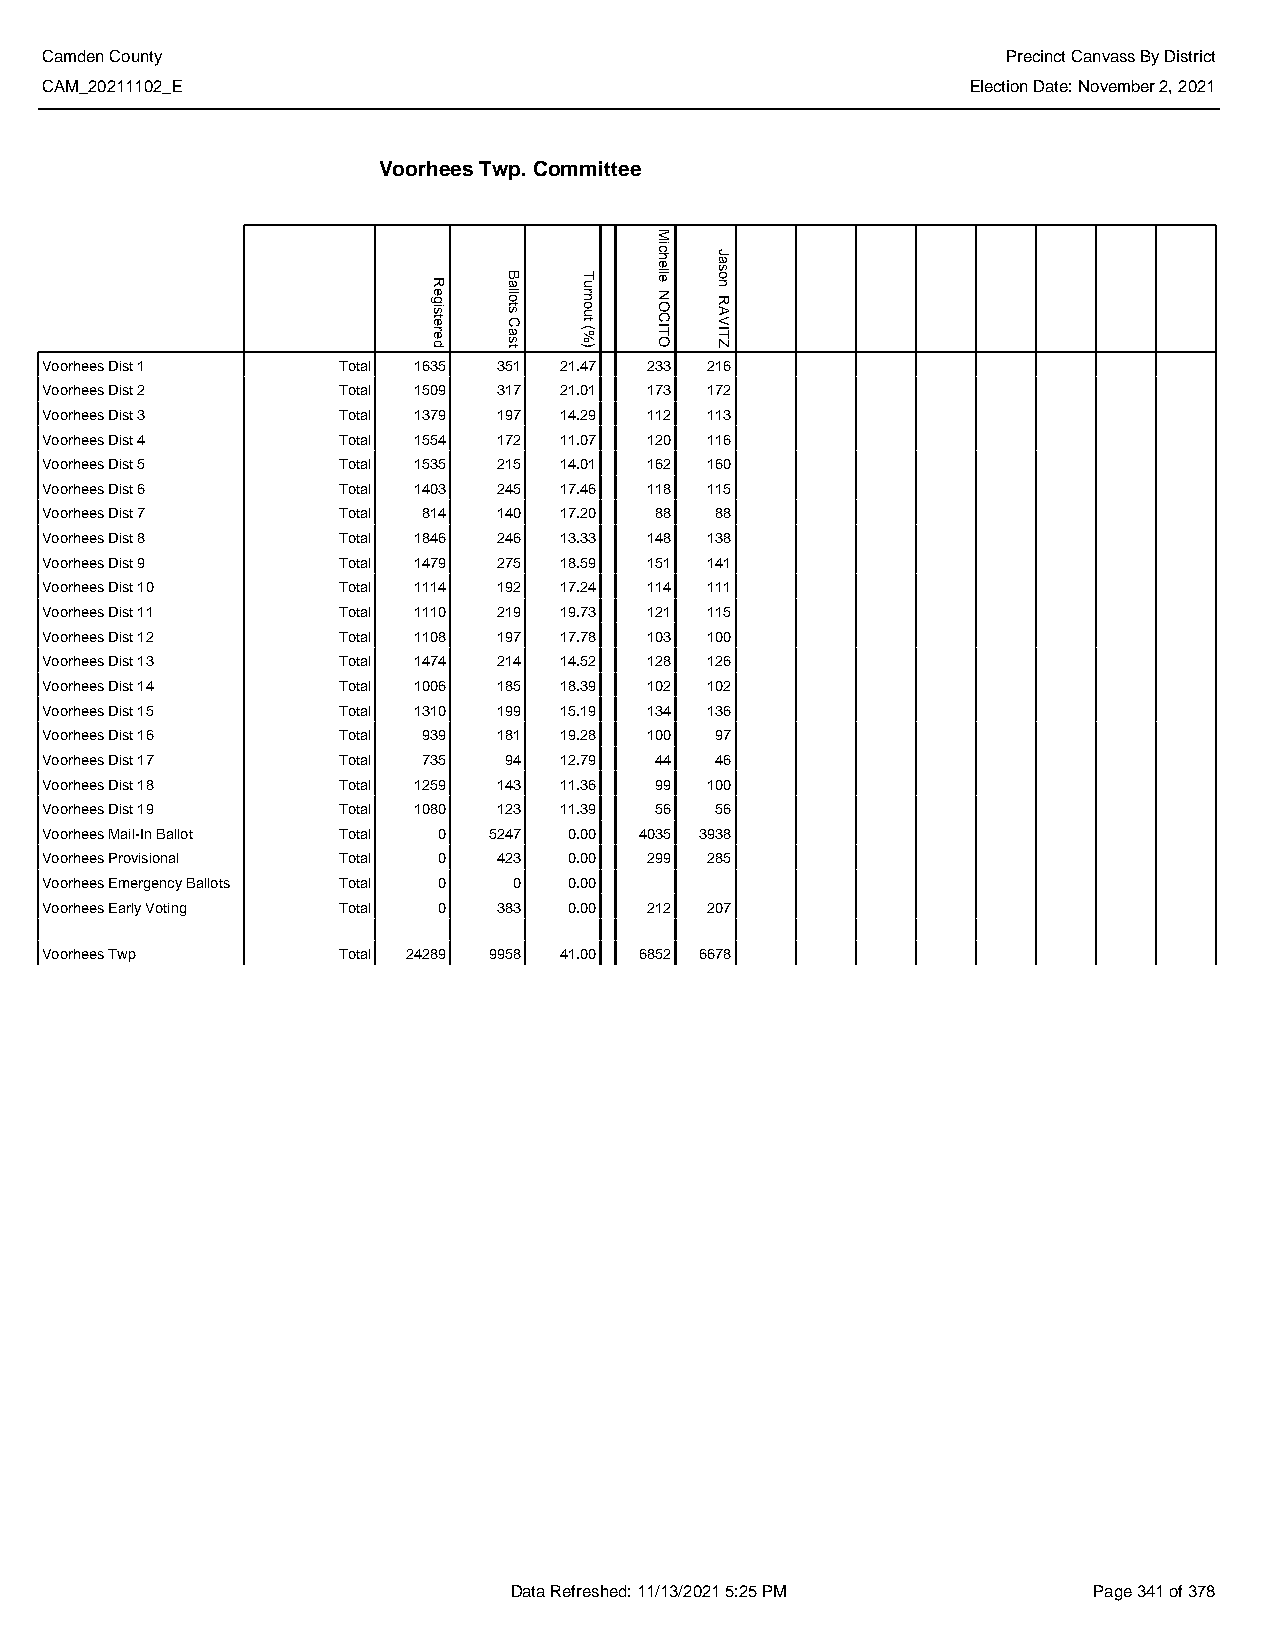
Camden County                                                   Precinct Canvass By District
 CAM_20211102_E                                               Election Date: November 2, 2021
 Voorhees Twp. Committee
 Voorhees Dist 1    Total 1635 351 21.47 233 216
 Voorhees Dist 2    Total 1509 317 21.01 173 172
 Voorhees Dist 3    Total 1379 197 14.29 112 113
 Voorhees Dist 4    Total 1554 172 11.07 120 116
 Voorhees Dist 5    Total 1535 215 14.01 162 160
 Voorhees Dist 6    Total 1403 245 17.46 118 115
 Voorhees Dist 7    Total 814  140 17.20 88  88
 Voorhees Dist 8    Total 1846 246 13.33 148 138
 Voorhees Dist 9    Total 1479 275 18.59 151 141
 Voorhees Dist 10   Total 1114 192 17.24 114 111
 Voorhees Dist 11   Total 1110 219 19.73 121 115
 Voorhees Dist 12   Total 1108 197 17.78 103 100
 Voorhees Dist 13   Total 1474 214 14.52 128 126
 Voorhees Dist 14   Total 1006 185 18.39 102 102
 Voorhees Dist 15   Total 1310 199 15.19 134 136
 Voorhees Dist 16   Total 939  181 19.28 100 97
 Voorhees Dist 17   Total 735  94  12.79 44  46
 Voorhees Dist 18   Total 1259 143 11.36 99  100
 Voorhees Dist 19   Total 1080 123 11.39 56  56
 Voorhees Mail-In Ballot Total 0 5247 0.00 4035 3938
 Voorhees Provisional Total 0  423  0.00 299 285
 Voorhees Emergency Ballots Total 0 0 0.00
 Voorhees Early Voting Total 0 383  0.00 212 207
 Voorhees Twp       Total 24289 9958 41.00 6852 6678
 Data Refreshed: 11/13/2021 5:25 PM    Page 341 of 378
 Registered
 Ballots
 Cast
 Turnout
 (%)
 Michelle
 NOCITO
 Jason
 RAVITZ